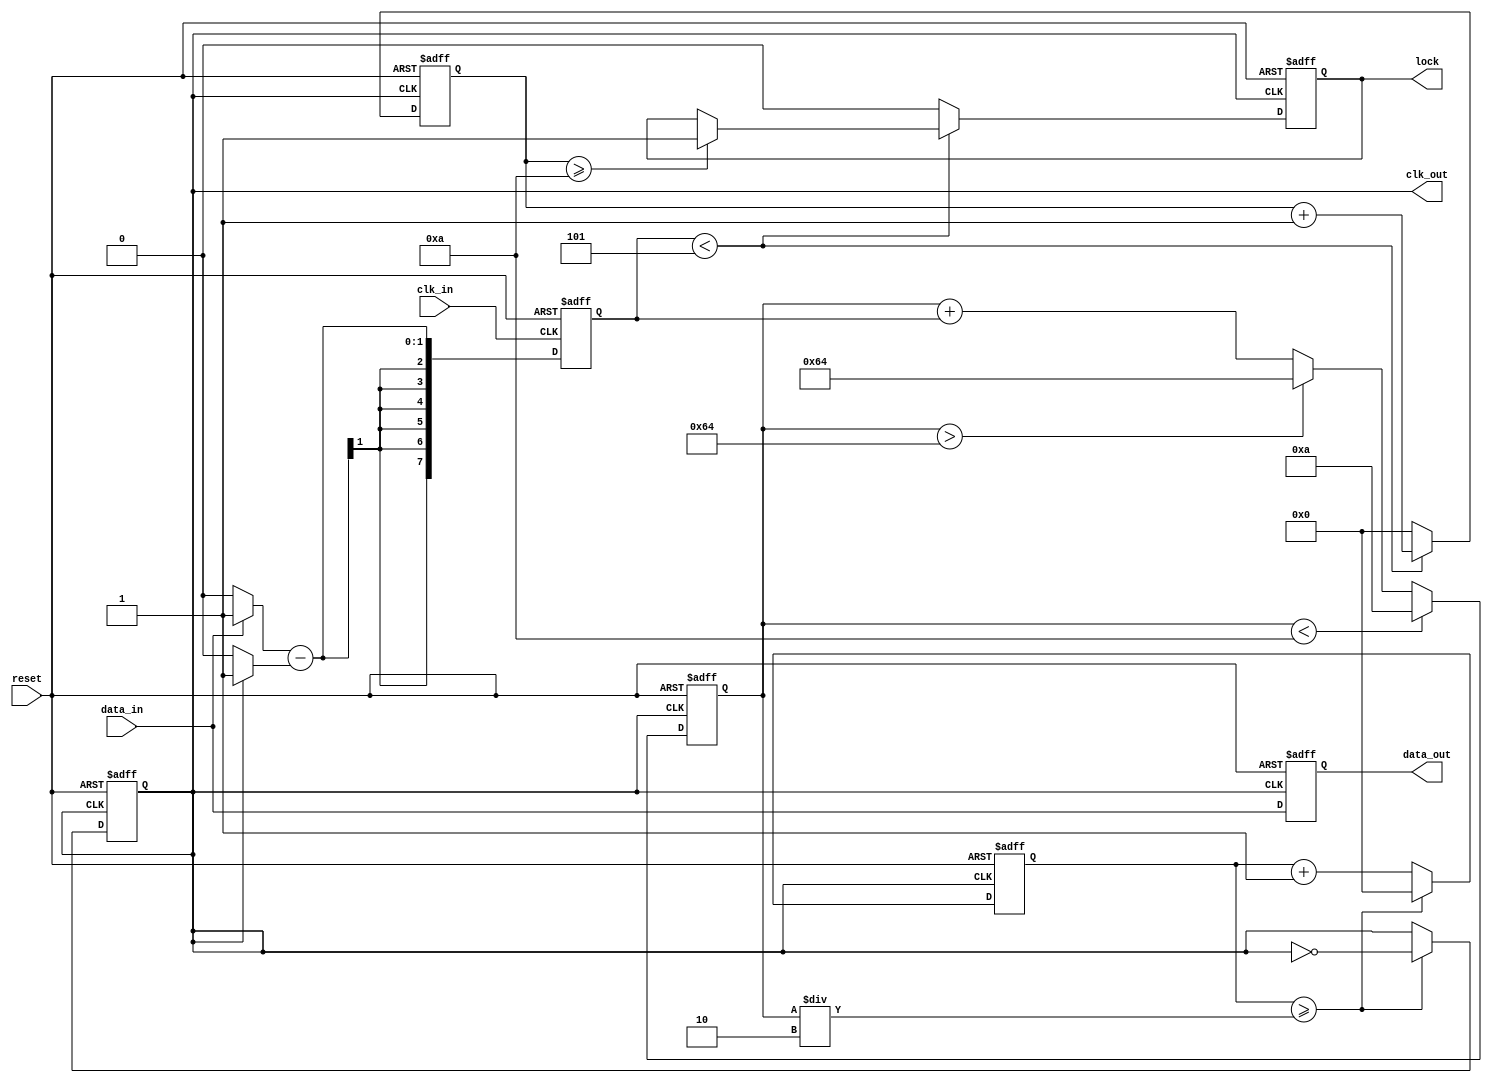
module pll_synchronizer (
    input wire clk_in,            // Incoming clock signal
    input wire data_in,           // Incoming data signal
    input wire reset,             // Reset signal
    output reg clk_out,           // Output clock signal
    output reg data_out,          // Synchronized data output
    output reg lock               // Lock status output
);

    // Parameters for PLL
    parameter VCO_MAX_FREQ = 100; // Maximum frequency of VCO
    parameter VCO_MIN_FREQ = 10;   // Minimum frequency of VCO
    parameter LOCK_THRESHOLD = 5;   // Threshold for lock detection

    // Internal signals
    reg [7:0] phase_error;         // Phase error signal
    reg [7:0] vco_control;         // Control voltage for VCO
    reg [7:0] vco_freq;            // Current frequency of VCO
    reg [7:0] loop_filter;         // Loop filter output
    reg [7:0] divider_count;       // Frequency divider count
    reg [7:0] lock_counter;        // Lock detection counter

    // Phase Detector
    always @(posedge clk_in or posedge reset) begin
        if (reset) begin
            phase_error <= 0;
        end else begin
            // Simple phase error calculation (placeholder)
            phase_error <= (data_in ? 1 : 0) - (clk_out ? 1 : 0);
        end
    end

    // Voltage-Controlled Oscillator (VCO)
    always @(posedge clk_out or posedge reset) begin
        if (reset) begin
            vco_freq <= VCO_MIN_FREQ;
        end else begin
            // Adjust VCO frequency based on phase error (simplified)
            vco_freq <= vco_freq + phase_error;
            if (vco_freq > VCO_MAX_FREQ) vco_freq <= VCO_MAX_FREQ;
            if (vco_freq < VCO_MIN_FREQ) vco_freq <= VCO_MIN_FREQ;
        end
    end

    // Loop Filter
    always @(posedge clk_out or posedge reset) begin
        if (reset) begin
            loop_filter <= 0;
        end else begin
            // Simple loop filter (placeholder)
            loop_filter <= loop_filter + (phase_error >> 1);
        end
    end

    // Frequency Divider
    always @(posedge clk_out or posedge reset) begin
        if (reset) begin
            divider_count <= 0;
            clk_out <= 0;
        end else begin
            divider_count <= divider_count + 1;
            if (divider_count >= (vco_freq / 2)) begin
                clk_out <= ~clk_out;
                divider_count <= 0;
            end
        end
    end

    // Data Sampling
    always @(posedge clk_out or posedge reset) begin
        if (reset) begin
            data_out <= 0;
        end else begin
            data_out <= data_in; // Sample incoming data
        end
    end

    // Lock Detection
    always @(posedge clk_out or posedge reset) begin
        if (reset) begin
            lock <= 0;
            lock_counter <= 0;
        end else begin
            if (phase_error < LOCK_THRESHOLD) begin
                lock_counter <= lock_counter + 1;
                if (lock_counter >= 10) begin // Arbitrary lock condition
                    lock <= 1;
                end
            end else begin
                lock_counter <= 0;
                lock <= 0;
            end
        end
    end

endmodule